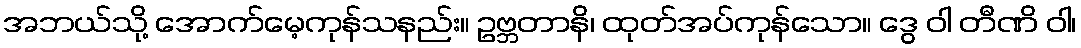
အဘယ်သို့ အောက်မေ့ကုန်သနည်း။ ဥဗ္ဘတာနိ၊ ထုတ်အပ်ကုန်သော။ ဒွေ ဝါ တီဏိ ဝါ၊